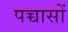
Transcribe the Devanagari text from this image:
पच्चासों